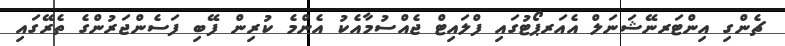
ޗެންގި އިންޓަރނޭޝަނަލް އެއަރޕޯޓުގައި ފްލައިޓް ޖެއްސުމާއެކު އެންމެ ކުރިން ފޭބި ފަސެންޖަރުންގެ ތެރޭގައި